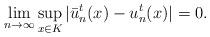
LaTeX: \begin{align*}\lim_{n\rightarrow\infty} \sup_{x \in K} |\bar{u}_n^t(x) - u_n^t(x)| = 0. \end{align*}